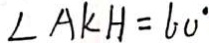
\angle A K H = 6 0 ^ { \circ }